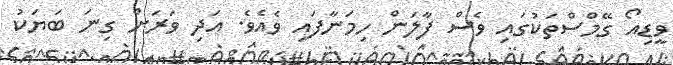
ވީޑިއޯ ގޭމްސްތަކުގައި ވެސް ފާލަން ހިމަނާފައި ވެއެވެ. އަދި ވަރަށް ގިނަ ބަޔަކު